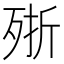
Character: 𣨋